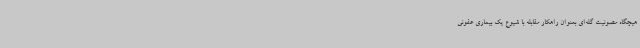
هیچگاه مصونیت گله‌ای بعنوان راهکار مقابله با شیوع یک بیماری عفونی